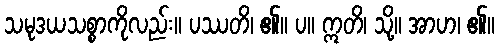
သမုဒယသစ္စာကိုလည်း။ ပဿတိ၊ ၏။ ပ။ ဣတိ၊ သို့။ အာဟ၊ ၏။